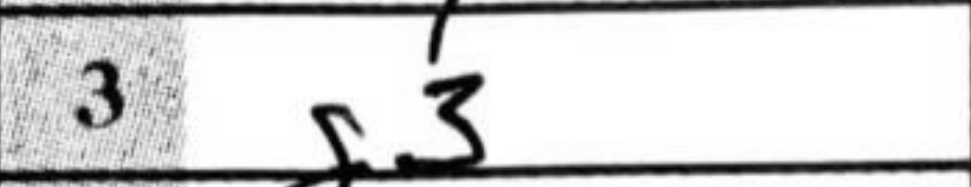
Transcription: g3